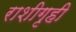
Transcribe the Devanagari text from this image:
राशीगृही